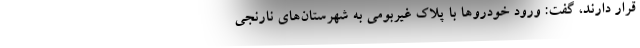
قرار دارند، گفت: ورود خودروها با پلاک غیربومی به شهرستان‌های نارنجی